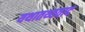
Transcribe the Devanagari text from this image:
यथातथ्यवाद